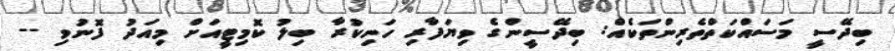
ބިދޭސީ މަސައްކަތްތެރިންތަކެއް: ބިދޭސީންގެ ވިޔަފާރި ހަނިކުރާ ބިލު ކޮމިޓީއަށް މިއަދު ފޮނުވި --